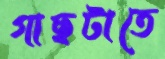
গাছটাতে